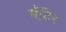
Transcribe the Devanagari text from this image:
मॅदिर